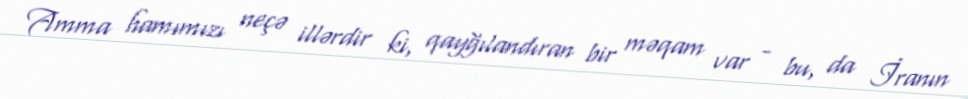
Amma hamımızı neçə illərdir ki, qayğılandıran bir məqam var - bu, da İranın